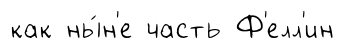
как ны́н'е часть Ф'елл'ин